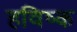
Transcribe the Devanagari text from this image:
हविष्क